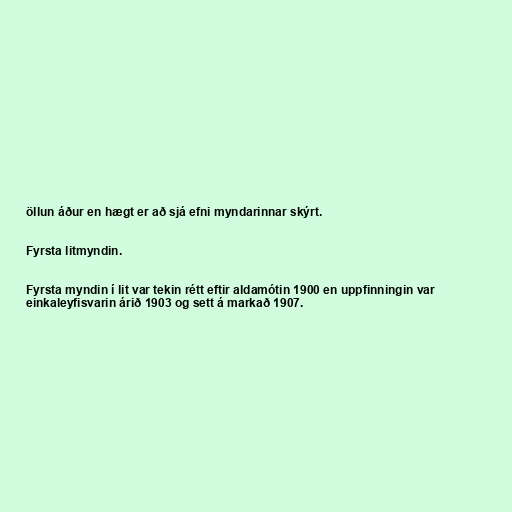
öllun áður en hægt er að sjá efni myndarinnar skýrt.

Fyrsta litmyndin.

Fyrsta myndin í lit var tekin rétt eftir aldamótin 1900 en uppfinningin var
einkaleyfisvarin árið 1903 og sett á markað 1907.